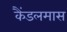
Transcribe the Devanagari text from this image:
कैंडलमास